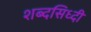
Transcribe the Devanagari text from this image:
शब्दसिध्दी